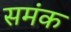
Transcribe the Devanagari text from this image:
समंक